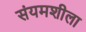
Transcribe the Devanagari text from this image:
संयमशीला